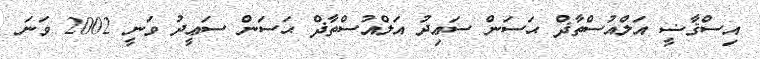
އިސްޤާޟީ އަލްއުސްތާޛް ޙަސަން ސަޢިދު އަލްއުސްތާޛް ޙަސަން ސަޢީދު ވަނީ 2002 ވަނަ